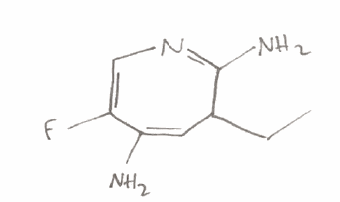
Simplified molecular-input line-entry system (SMILES) notation of the given molecule:
CCC1C=C(C(=CN=C1N)F)N